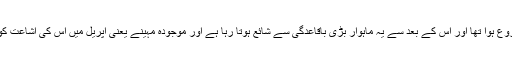
یہ ڈائجسٹ 1972 میں شائع ہونا شروع ہوا تھا اور اس کے بعد سے یہ ماہوار بڑی باقاعدگی سے شائع ہوتا رہا ہے اور موجودہ مہینے یعنی اپریل میں اس کی اشاعت کو بیالیس 42 سال مکمل ہو گئے ہیں۔